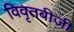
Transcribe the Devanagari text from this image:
विवृतबीजी